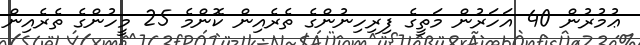
ޢުމުރުން 40 އަހަރުން މަތީގެ ފިރިހިނުންގެ ތެރެއިން ކޮންމެ 25 މީހުންގެ ތެރެއިން